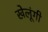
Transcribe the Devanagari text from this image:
खेलूंगी